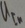
Text: UIn